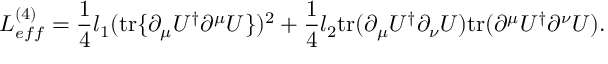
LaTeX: { \cal L } _ { e f f } ^ { ( 4 ) } = \frac 1 4 l _ { 1 } ( \mathrm { t r } \{ \partial _ { \mu } U ^ { \dagger } \partial ^ { \mu } U \} ) ^ { 2 } + \frac 1 4 l _ { 2 } \mathrm { t r } ( \partial _ { \mu } U ^ { \dagger } \partial _ { \nu } U ) \mathrm { t r } ( \partial ^ { \mu } U ^ { \dagger } \partial ^ { \nu } U ) .